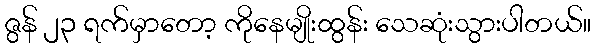
ဇွန် ၂၃ ရက်မှာတော့ ကိုနေမျိုးထွန်း သေဆုံးသွားပါတယ်။